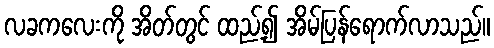
လခကလေးကို အိတ်တွင် ထည့်၍ အိမ်ပြန်ရောက်လာသည်။